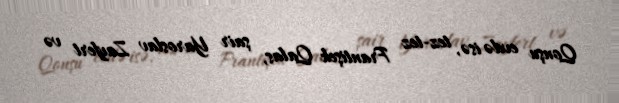
Qonşu evdə isə, tez-tez Frantişek Qalas, şair Yaroslav Zayfert və